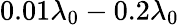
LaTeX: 0.01\lambda_{0}-0.2\lambda_{0}